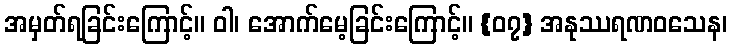
အမှတ်ရခြင်းကြောင့်။ ဝါ၊ အောက်မေ့ခြင်းကြောင့်။ {၀၇} အနုဿရဏဝသေန၊